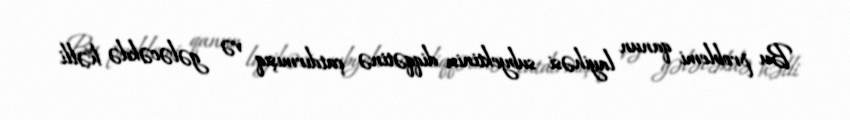
Bu problemi qanun layihəsi subyektinin diqqətinə çatdırmışıq və gələcəkdə həlli